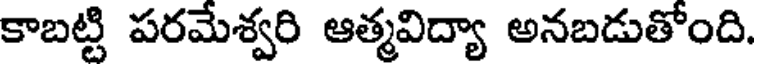
కాబట్టి పరమేశ్వరి ఆత్మవిద్యా అనబడుతోంది.